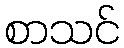
စာသင်